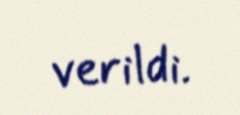
verildi.